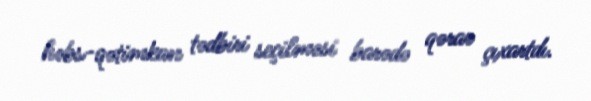
həbs-qətimkan tədbiri seçilməsi barədə qərar çıxartdı.